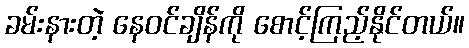
ခမ်းနားတဲ့ နေဝင်ချိန်ကို စောင့်ကြည့်နိုင်တယ်။